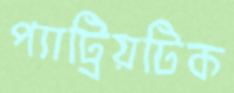
প্যাট্রিয়টিক